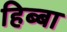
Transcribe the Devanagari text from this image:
हिब्बा